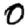
Digit: 0